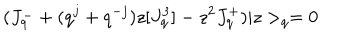
LaTeX: ( J _ { q } ^ { - } + ( q ^ { j } + q ^ { - j } ) z [ J _ { q } ^ { 3 } ] - z ^ { 2 } J _ { q } ^ { + } ) | z > _ { q } = 0 \,